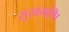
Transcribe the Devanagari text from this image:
सुखमणि